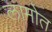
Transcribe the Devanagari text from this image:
लामोत